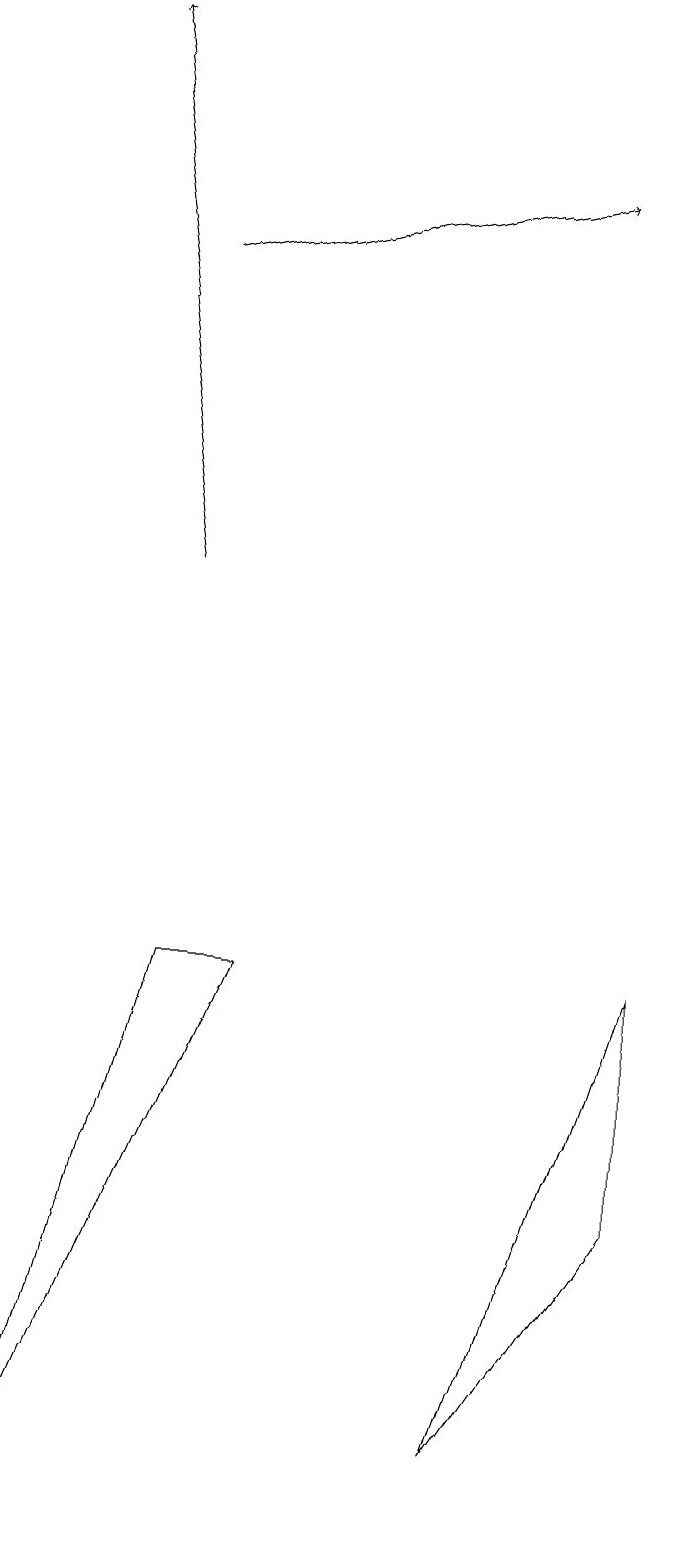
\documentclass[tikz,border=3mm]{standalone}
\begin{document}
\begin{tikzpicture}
\draw (9,7) -- (7,1) -- (9,4) -- cycle;
\draw[->] (3,12) -- (2,19);
\draw[->] (3,16) -- (8,17);
\draw (4,7) -- (1,0) -- (3,7) -- cycle;
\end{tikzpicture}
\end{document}